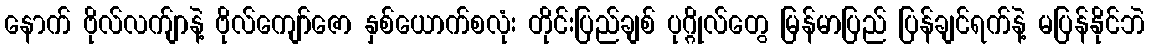
နောက် ဗိုလ်လက်ျာနဲ့ ဗိုလ်ကျော်ဇော နှစ်ယောက်စလုံး တိုင်းပြည်ချစ် ပုဂ္ဂိုလ်တွေ မြန်မာပြည် ပြန်ချင်ရက်နဲ့ မပြန်နိုင်ဘဲ